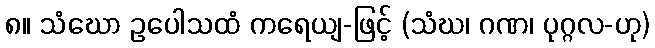
၈။ သံဃော ဥပေါသထံ ကရေယျ-ဖြင့် (သံဃ၊ ဂဏ၊ ပုဂ္ဂလ-ဟု)